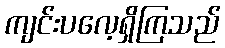
ကျင်းပလေ့ရှိကြသည်